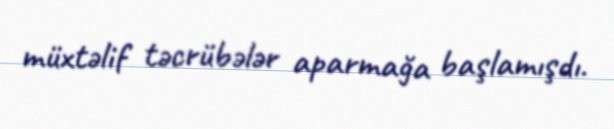
müxtəlif təcrübələr aparmağa başlamışdı.